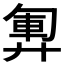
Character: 𫸞